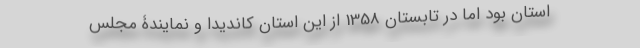
استان بود اما در تابستان 1358 از این استان کاندیدا و نمایندۀ مجلس